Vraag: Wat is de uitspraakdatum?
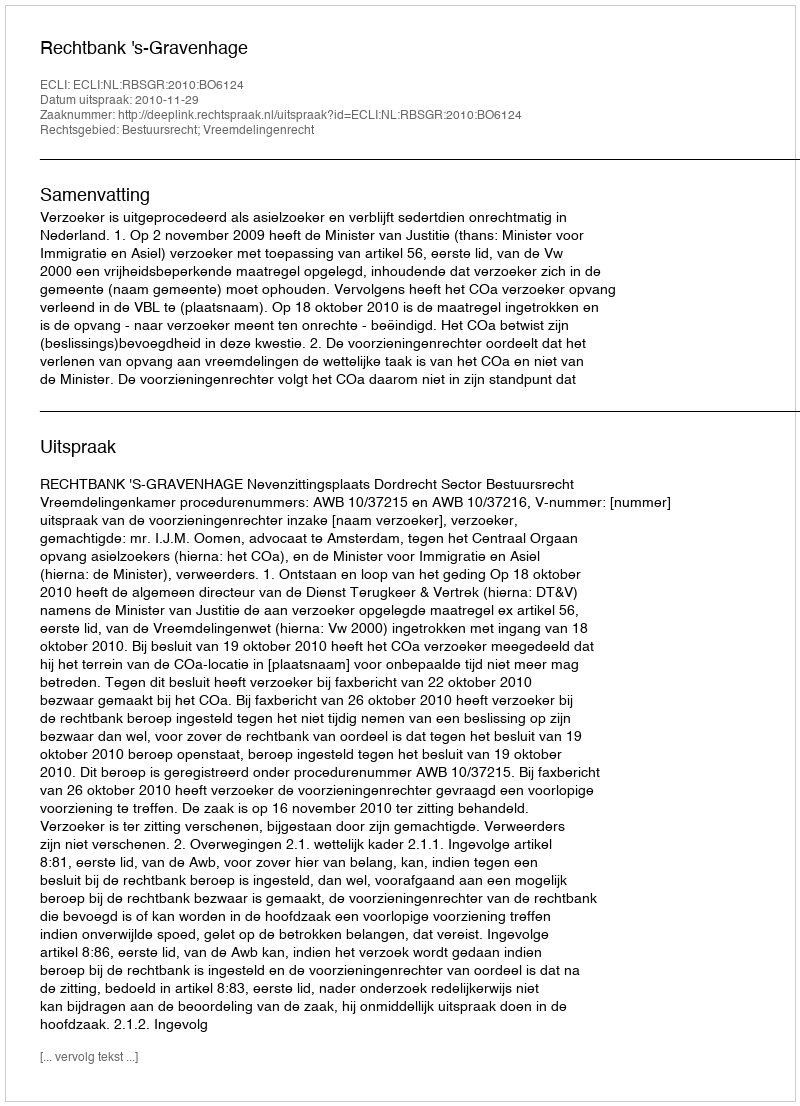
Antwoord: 2010-11-29